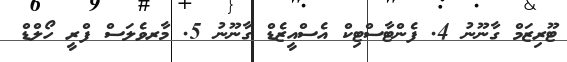
ޓޫރިޒަމް ގާނޫނު 4. ފެންޓާސްޓިކް އެސްއީޒެޑް ގާނޫނު 5. މާރވެލަސް ފްރީ ހޯލްޑް